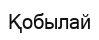
Қобылай